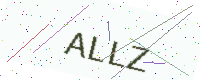
Text: ALLZ